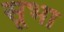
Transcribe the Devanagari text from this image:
सूभा